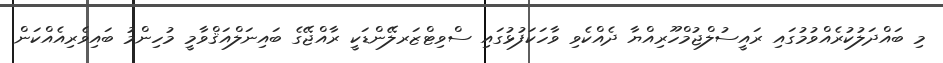
މި ބައްދަލުކުރެއްވުމުގައި ރައީސުލްޖުމްހޫރިއްޔާ ދެއްކެވި ވާހަކަފުޅުގައި ސްވިޓްޒަރލޭންޑަކީ ރާއްޖޭގެ ބައިނަލްއަޤްވާމީ މުހިންމު ބައިވެރިއެއްކަން